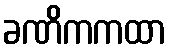
ခဏိကကထာ